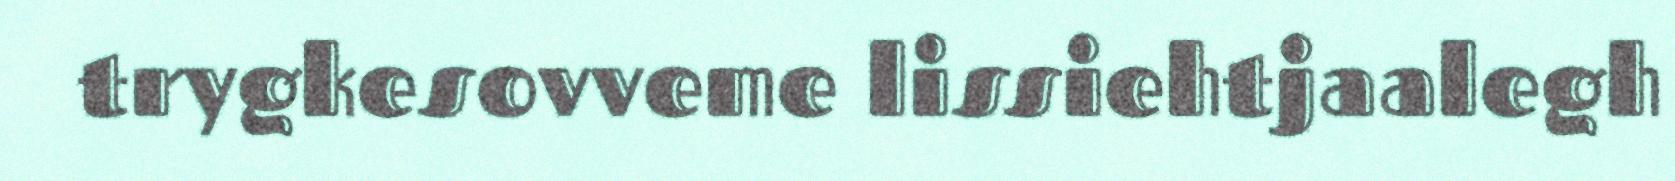
trygkesovveme lissiehtjaalegh